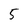
Character: 5